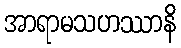
အာရာမသဟဿာနိ